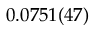
0 . 0 7 5 1 ( 4 7 )